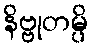
နိဗ္ဗုတမ္ပိ